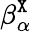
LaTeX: \beta_{\alpha}^{\tt X}